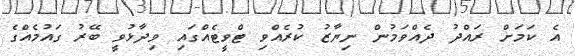
އެ ކަމަށް ރައްދު ދެއްވަމުން ނިޔާޒު ކުރެއްވި ޓްވީޓެއްގައި ވިދާޅުވީ ބޭރު ގައުމެއްގެ